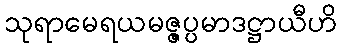
သုရာမေရယမဇ္ဇပ္ပမာဒဋ္ဌာယီဟိ